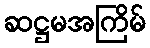
ဆဋ္ဌမအကြိမ်